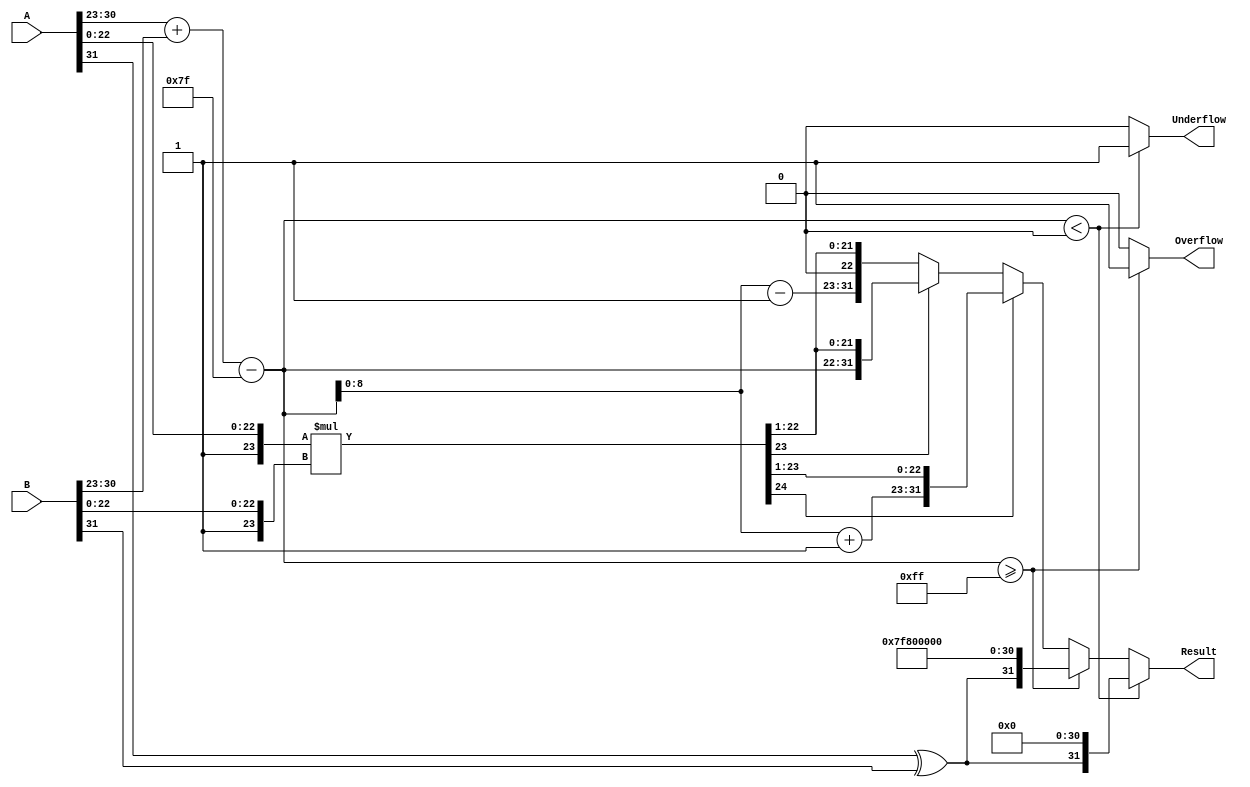
module floating_point_multiplier (
    input  wire [31:0] A,        // First floating-point number
    input  wire [31:0] B,        // Second floating-point number
    output reg  [31:0] Result,    // Result of multiplication
    output reg         Overflow,   // Overflow flag
    output reg         Underflow    // Underflow flag
);

    // Constants
    localparam BIAS = 127;
    localparam EXPONENT_BITS = 8;
    localparam MANTISSA_BITS = 23;
    localparam MAX_EXPONENT = 255; // 2^8 - 1
    localparam MIN_EXPONENT = 0;   // 0

    // Internal signals
    wire signA, signB, signResult;
    wire [EXPONENT_BITS-1:0] expA, expB;
    wire [MANTISSA_BITS-1:0] mantA, mantB;
    wire [MANTISSA_BITS+1:0] mantResult; // Extra bit for normalization
    wire [EXPONENT_BITS+1:0] expResult; // Extra bit for exponent adjustment
    wire [MANTISSA_BITS+1:0] mantA_norm, mantB_norm; // Normalized mantissas

    // Extract sign, exponent, and mantissa
    assign signA = A[31];
    assign signB = B[31];
    assign expA = A[30:23];
    assign expB = B[30:23];
    assign mantA = A[22:0];
    assign mantB = B[22:0];

    // Normalize mantissas (add implicit leading 1)
    assign mantA_norm = {1'b1, mantA}; // 24 bits
    assign mantB_norm = {1'b1, mantB}; // 24 bits

    // Multiply mantissas
    assign mantResult = mantA_norm * mantB_norm;

    // Calculate the resulting exponent
    assign expResult = expA + expB - BIAS;

    // Determine the sign of the result
    assign signResult = signA ^ signB;

    // Check for normalization
    always @(*) begin
        Overflow = 0;
        Underflow = 0;
        Result = 32'b0;

        if (mantResult[MANTISSA_BITS+1]) begin
            // Result is greater than or equal to 2, normalize
            Result = {signResult, expResult + 1, mantResult[MANTISSA_BITS:1]};
        end else begin
            // Result is less than 2, check if normalization is needed
            if (mantResult[MANTISSA_BITS] == 1'b0) begin
                // Shift right to normalize
                Result = {signResult, expResult - 1, mantResult[MANTISSA_BITS:1]};
            end else begin
                Result = {signResult, expResult, mantResult[MANTISSA_BITS-1:1]};
            end
        end

        // Check for overflow
        if (expResult >= MAX_EXPONENT) begin
            Overflow = 1;
            Result = {signResult, 8'b11111111, 23'b0}; // Set to infinity
        end

        // Check for underflow
        if (expResult < MIN_EXPONENT) begin
            Underflow = 1;
            Result = {signResult, 8'b00000000, 23'b0}; // Set to zero
        end
    end

endmodule